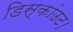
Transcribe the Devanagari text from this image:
डिस्कांउट।